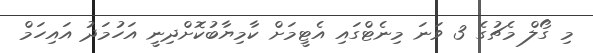
މި ގޯލް މެޗުގެ 3 ވަނަ މިނެޓްގައި އެޓީމަށް ކާމިޔާބުކޮށްދިނީ އަހުމަދު އައިހަމް